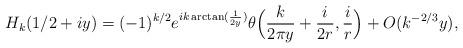
LaTeX: \begin{align*} H_k(1/2+iy) = (-1)^{k/2} e^{ik \arctan(\frac{1}{2y})} \theta\Big(\frac{k}{2 \pi y} + \frac{i}{2r}, \frac{i}{r}\Big) + O(k^{-2/3} y),\end{align*}